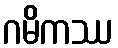
ဂမိကဿ